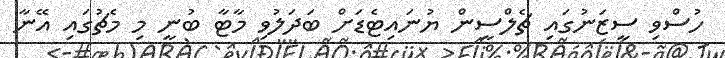
ހުސްވި ސީޒަނުގައި ޗެލްސީން ޔުނައިޓެޑަށް ބަދަލުވި މާޓާ ބުނީ މި މެޗުގައި އޭނާ